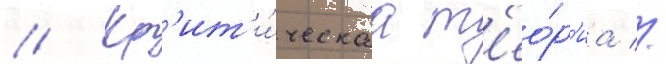
// Кр'ит'и́ческаа т'ео́р'иа //